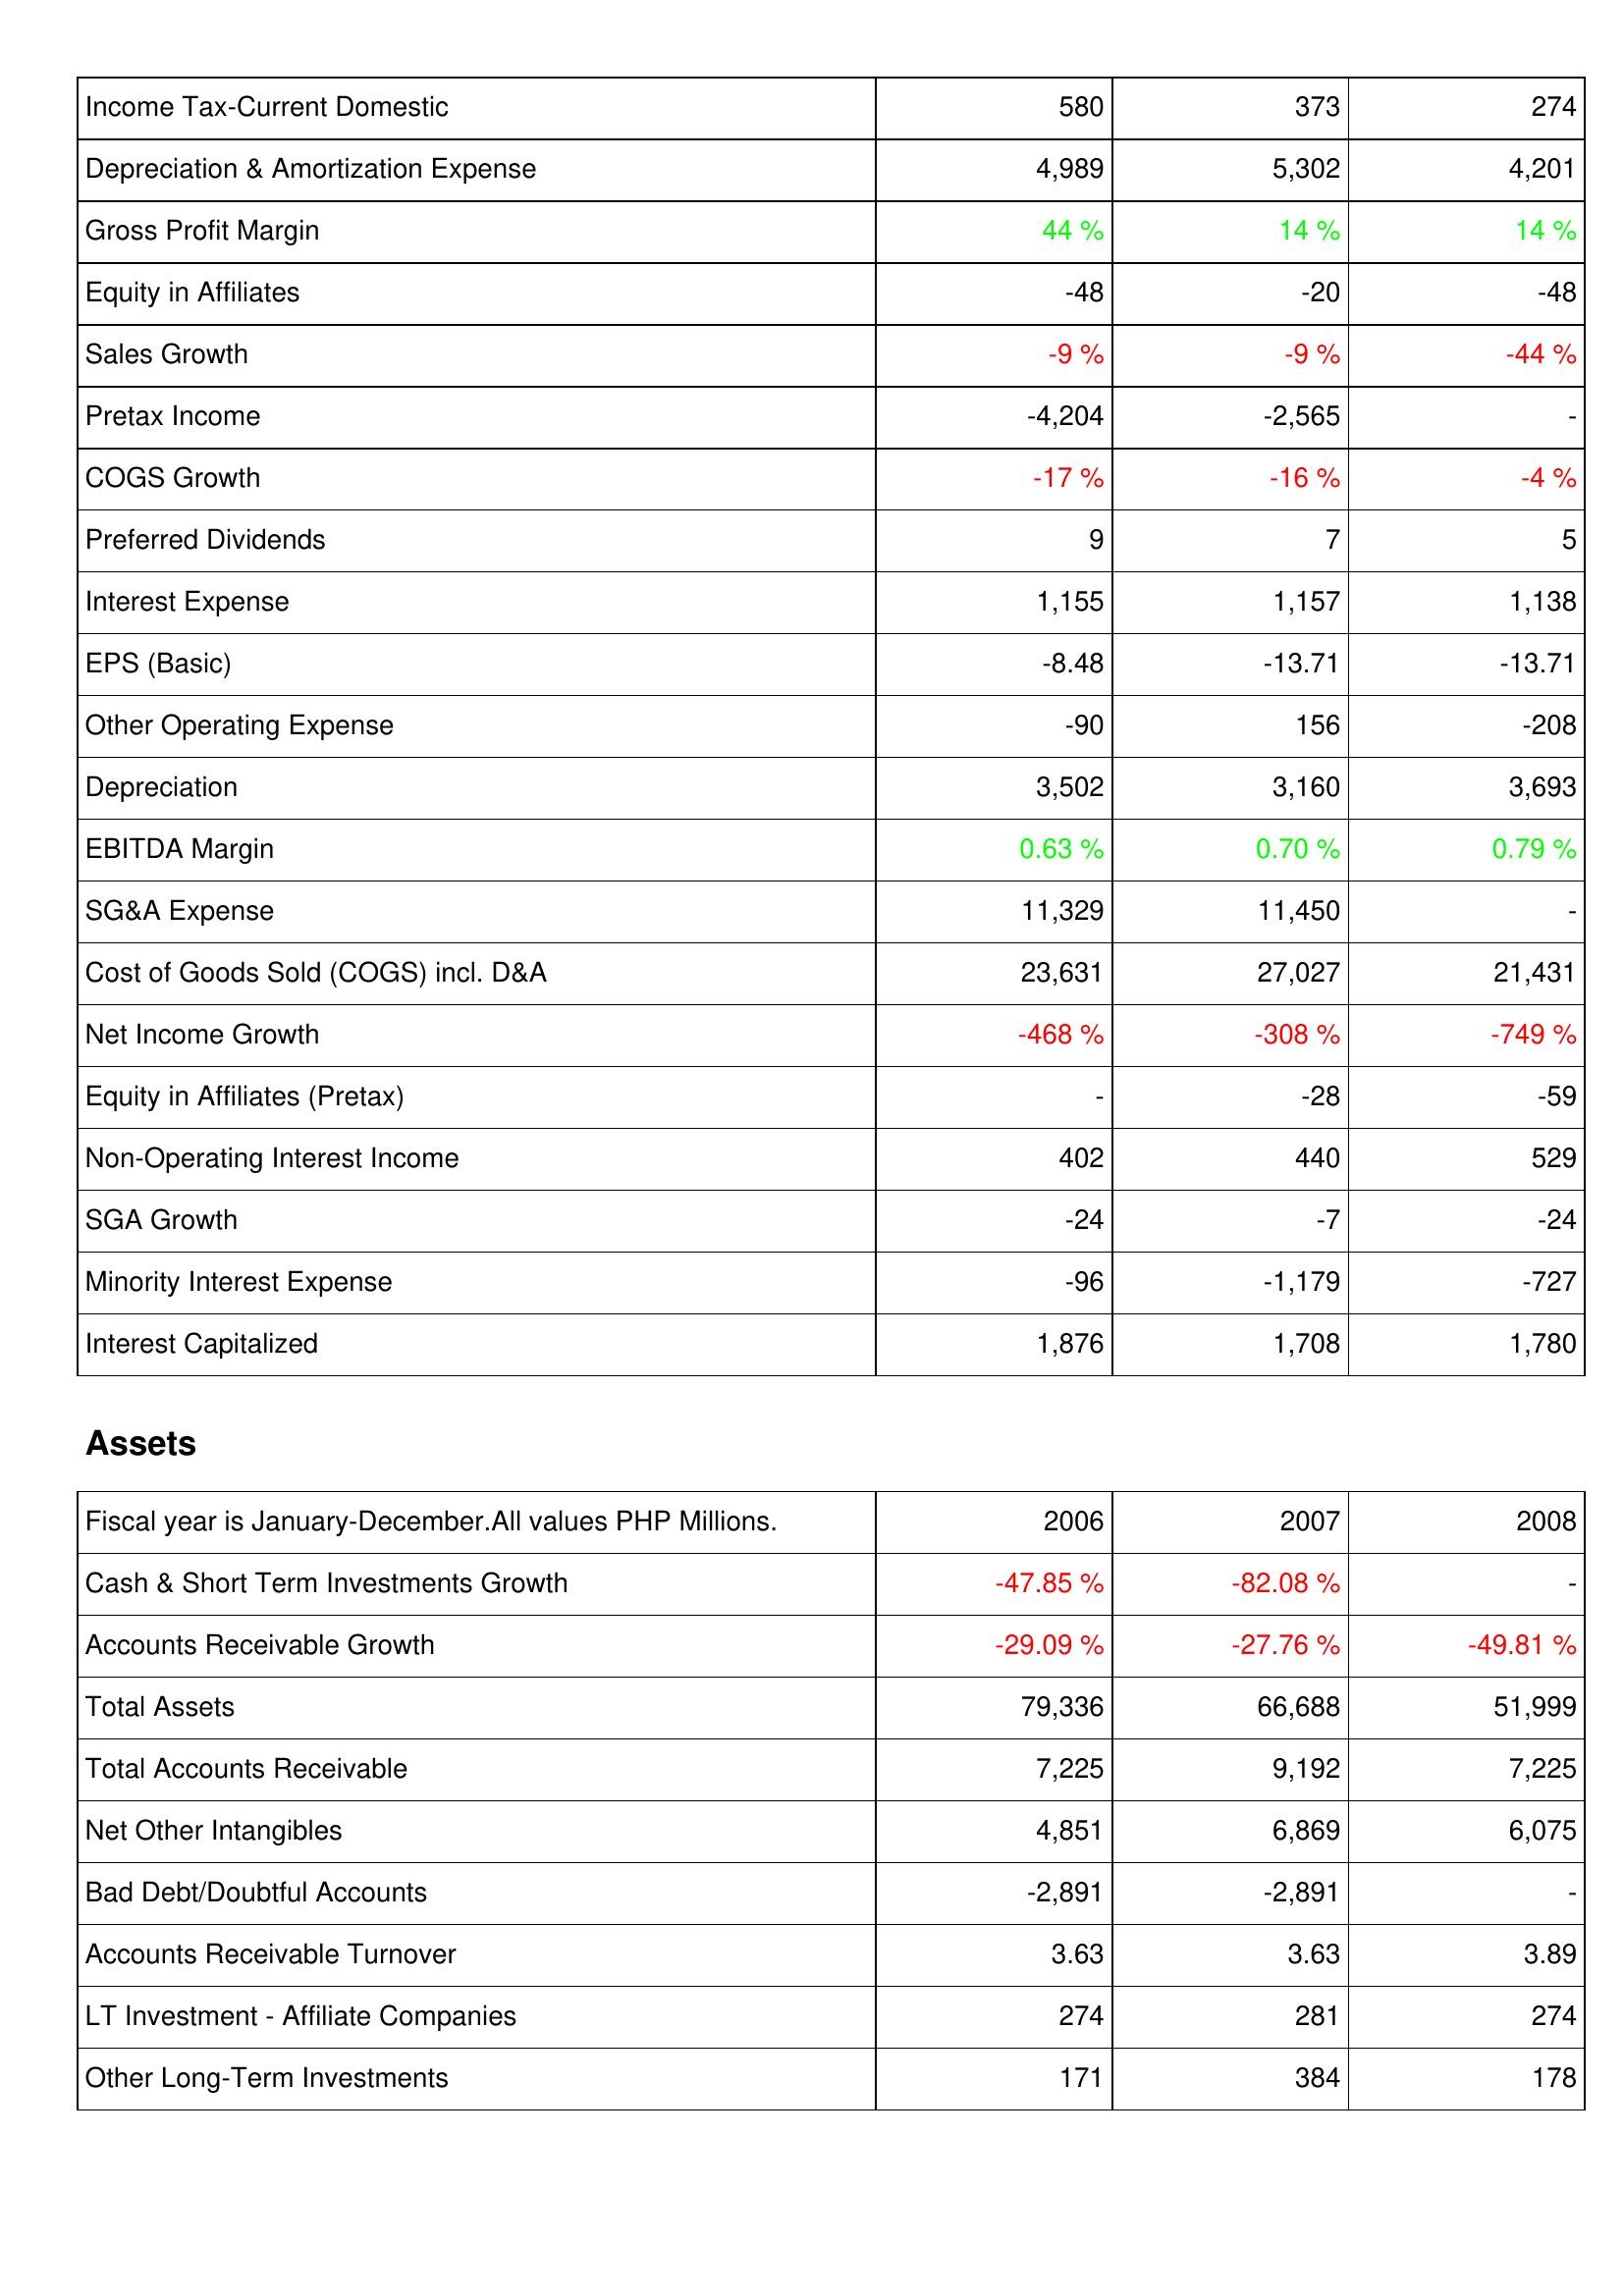
2006: Income Statement: Income Tax-Current Domestic: 580
Depreciation & Amortization Expense: 4,989
Gross Profit Margin: 44 %
Equity in Affiliates: -48
Sales Growth: -9 %
Pretax Income: -4,204
COGS Growth: -17 %
Preferred Dividends: 9
Interest Expense: 1,155
EPS (Basic): -8.48
Other Operating Expense: -90
Depreciation: 3,502
EBITDA Margin: 0.63 %
SG&A Expense: 11,329
Cost of Goods Sold (COGS) incl. D&A: 23,631
Net Income Growth: -468 %
Equity in Affiliates (Pretax): -
Non-Operating Interest Income: 402
SGA Growth: -24
Minority Interest Expense: -96
Interest Capitalized: 1,876
Assets: Cash & Short Term Investments Growth: -47.85 %
Accounts Receivable Growth: -29.09 %
Total Assets: 79,336
Total Accounts Receivable: 7,225
Net Other Intangibles: 4,851
Bad Debt/Doubtful Accounts: -2,891
Accounts Receivable Turnover: 3.63
LT Investment - Affiliate Companies: 274
Other Long-Term Investments: 171
2007: Income Statement: Income Tax-Current Domestic: 373
Depreciation & Amortization Expense: 5,302
Gross Profit Margin: 14 %
Equity in Affiliates: -20
Sales Growth: -9 %
Pretax Income: -2,565
COGS Growth: -16 %
Preferred Dividends: 7
Interest Expense: 1,157
EPS (Basic): -13.71
Other Operating Expense: 156
Depreciation: 3,160
EBITDA Margin: 0.70 %
SG&A Expense: 11,450
Cost of Goods Sold (COGS) incl. D&A: 27,027
Net Income Growth: -308 %
Equity in Affiliates (Pretax): -28
Non-Operating Interest Income: 440
SGA Growth: -7
Minority Interest Expense: -1,179
Interest Capitalized: 1,708
Assets: Cash & Short Term Investments Growth: -82.08 %
Accounts Receivable Growth: -27.76 %
Total Assets: 66,688
Total Accounts Receivable: 9,192
Net Other Intangibles: 6,869
Bad Debt/Doubtful Accounts: -2,891
Accounts Receivable Turnover: 3.63
LT Investment - Affiliate Companies: 281
Other Long-Term Investments: 384
2008: Income Statement: Income Tax-Current Domestic: 274
Depreciation & Amortization Expense: 4,201
Gross Profit Margin: 14 %
Equity in Affiliates: -48
Sales Growth: -44 %
Pretax Income: -
COGS Growth: -4 %
Preferred Dividends: 5
Interest Expense: 1,138
EPS (Basic): -13.71
Other Operating Expense: -208
Depreciation: 3,693
EBITDA Margin: 0.79 %
SG&A Expense: -
Cost of Goods Sold (COGS) incl. D&A: 21,431
Net Income Growth: -749 %
Equity in Affiliates (Pretax): -59
Non-Operating Interest Income: 529
SGA Growth: -24
Minority Interest Expense: -727
Interest Capitalized: 1,780
Assets: Cash & Short Term Investments Growth: -
Accounts Receivable Growth: -49.81 %
Total Assets: 51,999
Total Accounts Receivable: 7,225
Net Other Intangibles: 6,075
Bad Debt/Doubtful Accounts: -
Accounts Receivable Turnover: 3.89
LT Investment - Affiliate Companies: 274
Other Long-Term Investments: 178